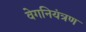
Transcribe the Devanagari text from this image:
वेगनियंत्रण